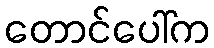
တောင်ပေါ်က